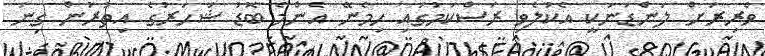
ވެރިރަށް ލަންޑަނަކީ އެކުލެވި ރަސްކަމުގައި ހިމެނޭ އެންމެ ބޮޑު ޝަހަރުގެ އިތުރުން ގިނަ